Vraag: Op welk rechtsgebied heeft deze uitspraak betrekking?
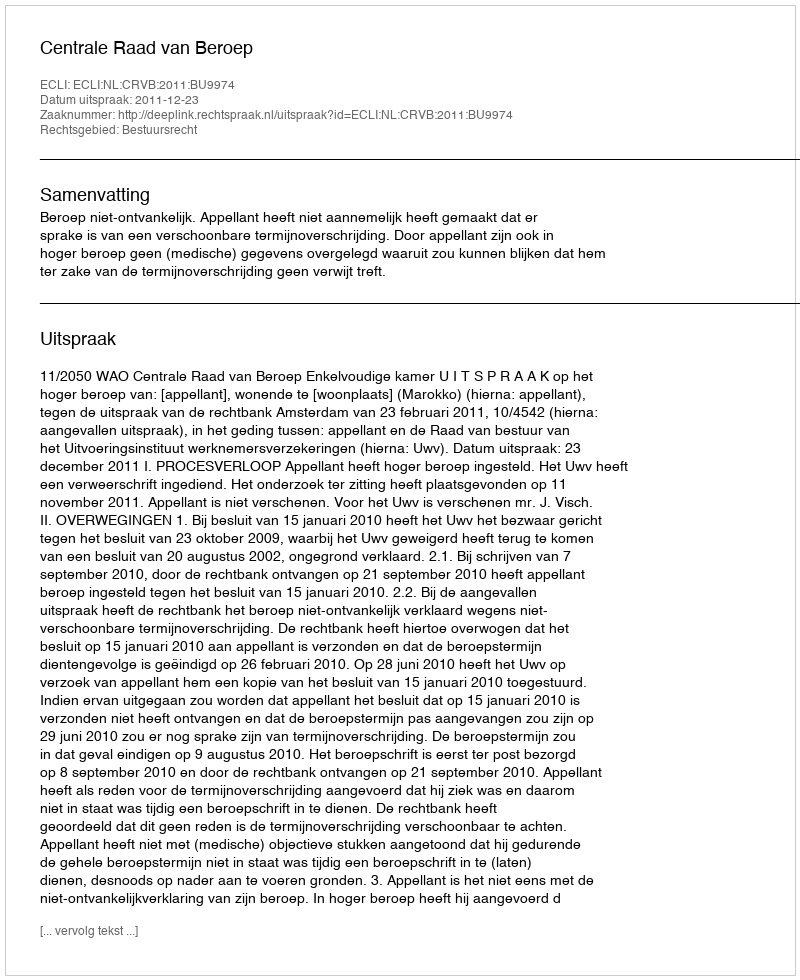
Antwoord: Bestuursrecht